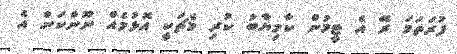
ފުރަތަމަ ރޭ އެ ޓީމުން ކާމިޔާބު ކުރި މެޗަކީ އޮޅުމެއް ނޫންކަން އެ